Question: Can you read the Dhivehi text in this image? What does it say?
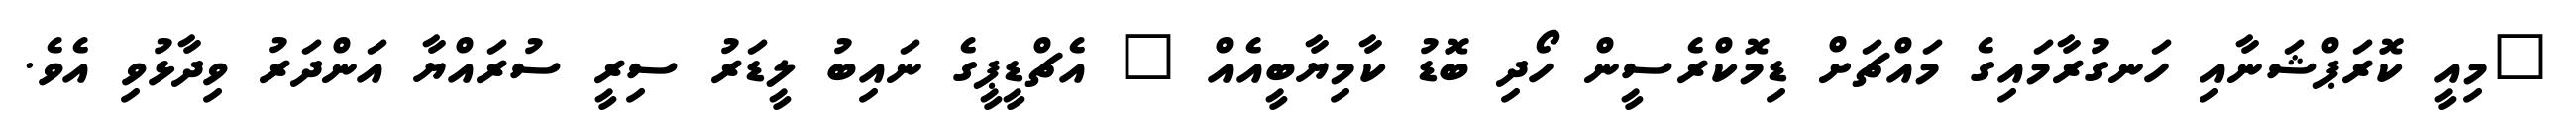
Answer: "މިއީ ކޮރަޕްޝަނާއި ހަނގުރާމައިގެ މައްޗަށް ޑިމޮކްރެސީން ހޯދި ބޮޑު ކާމިޔާބީއެއް " އެޗްޑީޕީގެ ނައިބު ލީޑަރު ސިރީ ސުރައްޔާ އަންދަރު ވިދާޅުވި އެވެ.